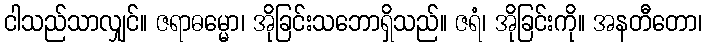
ငါသည်သာလျှင်။ ဇရာဓမ္မော၊ အိုခြင်းသဘောရှိသည်။ ဇရံ၊ အိုခြင်းကို။ အနတီတော၊